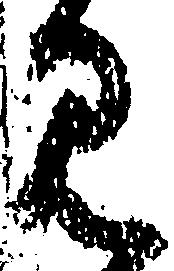
見